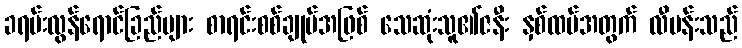
ခရမ်းလွန်ရောင်ခြည်များ စာရင်းစစ်ချုပ်အဖြစ် သေဆုံးသူ၏ဇနီး နှစ်ထပ်အတွက် လီပန်းသည်